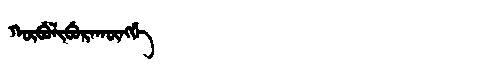
Manchu: ᡴᡡᠪᡠᠯᡳᠪᡠᡵᠠᡴᡡᠩᡤᡝ
Romanization: KŪBULIBURAKŪNGGE